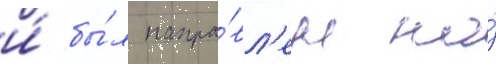
и́ бы́л напра́вл'ен на́